Indian journal of veterinary science and animal husbandry - Volumes 18-21, 1948-1951
Year: 1948
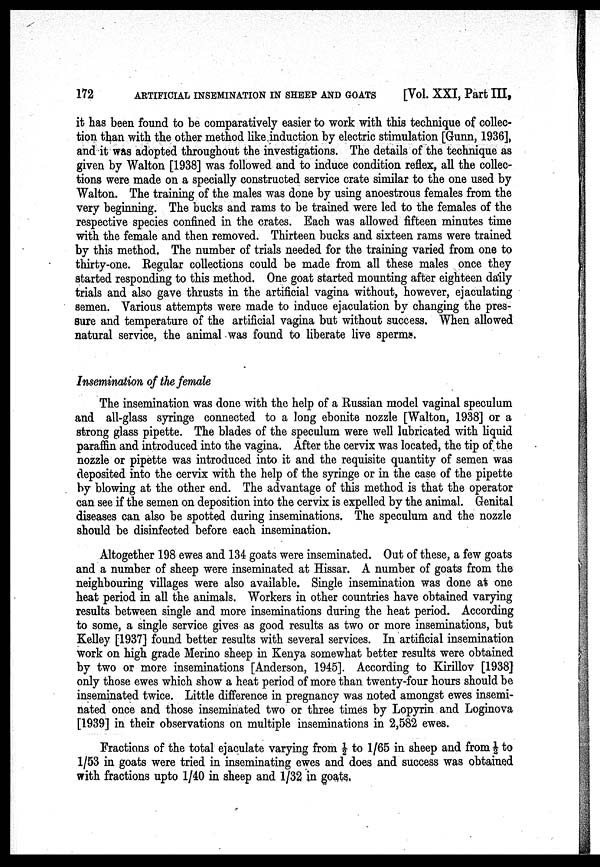
172
ARTIFICIAL INSEMINATION IN SHEEP AND GOATS
[Vol. XXI, Part III,
it has been found to be comparatively easier to work with this technique of collec-
tion than with the other method like induction by electric stimulation [Gunn, 1936],
and it was adopted throughout the investigations. The details of the technique as
given by Walton [1938] was followed and to induce condition reflex, all the collec-
tions were made on a specially constructed service crate similar to the one used by
Walton. The training of the males was done by using anoestrous females from the
very beginning. The bucks and rams to be trained were led to the females of the
respective species confined in the crates. Each was allowed fifteen minutes time
with the female and then removed. Thirteen bucks and sixteen rams were trained
by this method. The number of trials needed for the training varied from one to
thirty-one. Regular collections could be made from all these males once they
started responding to this method. One goat started mounting after eighteen daily
trials and also gave thrusts in the artificial vagina without, however, ejaculating
semen. Various attempts were made to induce ejaculation by changing the pres-
sure and temperature of the artificial vagina but without success. When allowed
natural service, the animal was found to liberate live sperms.
Insemination of the female
The insemination was done with the help of a Russian model vaginal speculum
and all-glass syringe connected to a long ebonite nozzle [Walton, 1938] or a
strong glass pipette. The blades of the speculum were well lubricated with liquid
paraffin and introduced into the vagina. After the cervix was located, the tip of the
nozzle or pipette was introduced into it and the requisite quantity of semen was
deposited into the cervix with the help of the syringe or in the case of the pipette
by blowing at the other end. The advantage of this method is that the operator
can see if the semen on deposition into the cervix is expelled by the animal. Genital
diseases can also be spotted during inseminations. The speculum and the nozzle
should be disinfected before each insemination.
Altogether 198 ewes and 134 goats were inseminated. Out of these, a few goats
and a number of sheep were inseminated at Hissar. A number of goats from the
neighbouring villages were also available. Single insemination was done at one
heat period in all the animals. Workers in other countries have obtained varying
results between single and more inseminations during the heat period. According
to some, a single service gives as good results as two or more inseminations, but
Kelley [1937] found better results with several services. In artificial insemination
work on high grade Merino sheep in Kenya somewhat better results were obtained
by two or more inseminations [Anderson, 1945]. According to Kirillov [1938]
only those ewes which show a heat period of more than twenty-four hours should be
inseminated twice. Little difference in pregnancy was noted amongst ewes insemi-
nated once and those inseminated two or three times by Lopyrin and Loginova
[1939] in their observations on multiple inseminations in 2,582 ewes.
Fractions of the total ejaculate varying from 1/2 to 1/65 in sheep and from 1/2 to
1/53 in goats were tried in inseminating ewes and does and success was obtained
with fractions upto 1/40 in sheep and 1/32 in goats.